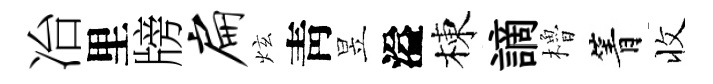
冶里牓扁炫靑昱溢棟謫櫓箐收